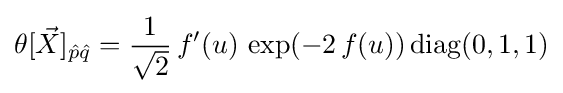
\theta [{\vec {X}}]_{{\hat {p}}{\hat {q}}}={\frac {1}{\sqrt {2}}}\,f'(u)\,\exp(-2\,f(u))\,{\rm {diag}}(0,1,1)